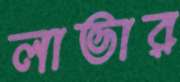
লাভার